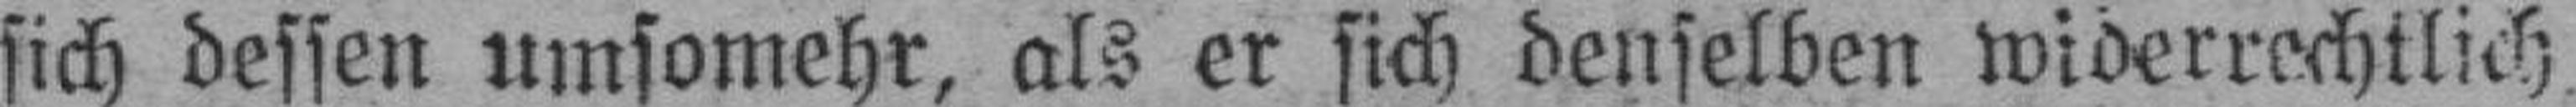
sich dessen umsomehr, als er sich denselben widerrechtlich,